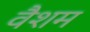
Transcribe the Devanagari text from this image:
वैशम